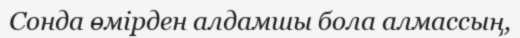
Сонда өмірден алдамшы бола алмассың,